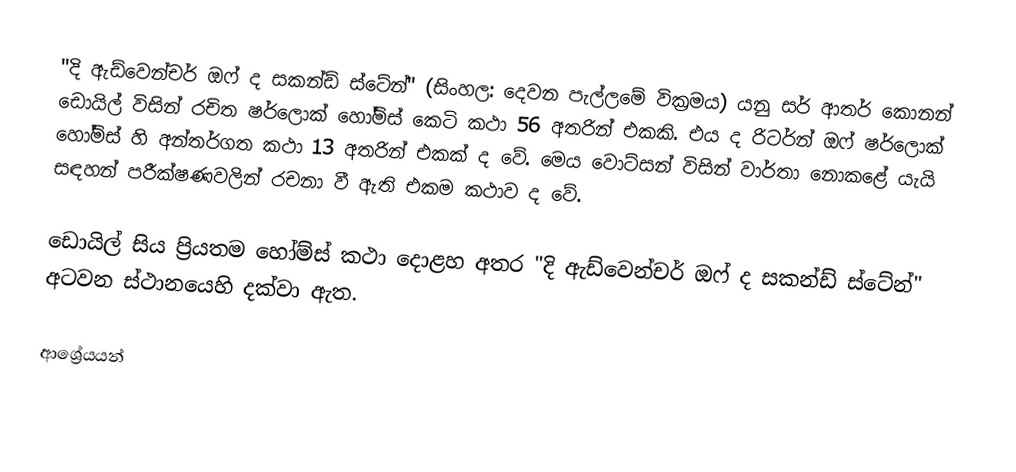
"දි ඇඩ්වෙන්චර් ඔෆ් ද සකන්ඩ් ස්ටේන්" (සිංහල: දෙවන පැල්ලමේ වික්‍රමය) ‍යනු සර් ආතර් කොනන් ඩොයිල් විසින් රචිත ෂර්ලොක් හෝම්ස් කෙටි කථා 56 අතරින් එකකි. එය ද රිටර්න් ඔෆ් ෂර්ලොක් හෝම්ස් හි අන්තර්ගත කථා 13 අතරින් එකක් ද වේ. මෙය වොට්සන් විසින් වාර්තා නොකළේ යැයි සඳහන් පරීක්ෂණවලින් රචනා වී ඇති එකම කථාව ද වේ.

ඩොයිල් සිය ප්‍රියතම හෝම්ස් කථා දොළහ අතර "දි ඇඩ්වෙන්චර් ඔෆ් ද සකන්ඩ් ස්ටේන්" අටවන ස්ථානයෙහි දක්වා ඇත.

ආශ්‍රේයයන්